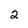
Character: 2